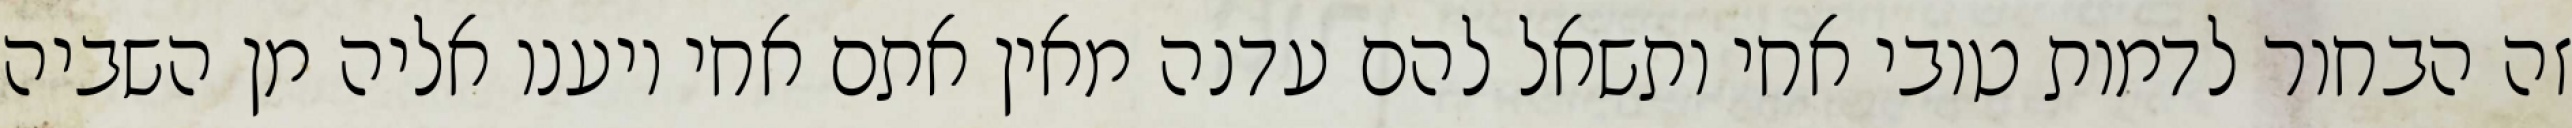
זה הבחור לדמות טובי אחי ותשאל להם עדנה מאין אתם אחי ויענו אליה מן השביה